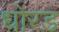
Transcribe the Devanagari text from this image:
धोरड